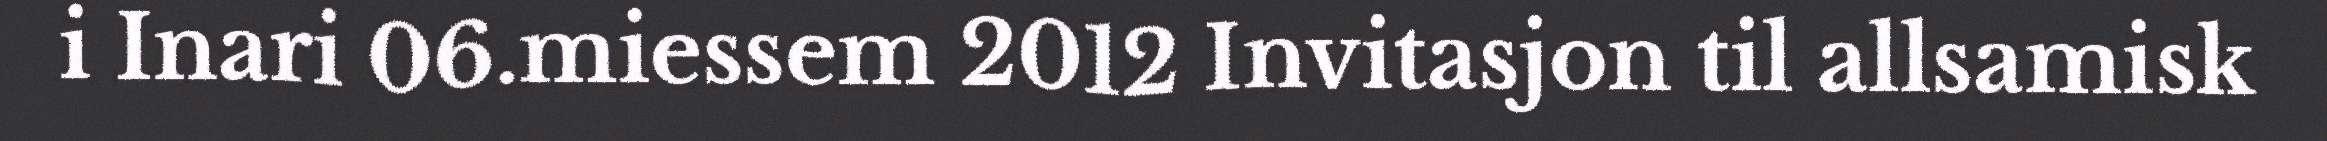
i Inari 06.miessem 2012 Invitasjon til allsamisk